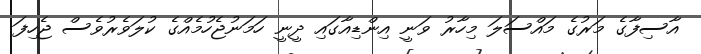
އާސިފާގެ މަރުގެ މައްސަލަ މިހާރު ވަނީ އިންޑިއާގައި ދީނީ ހަމަނުޖެހުމެއްގެ ކުލަވެރުވެސް ޖެހިފަ